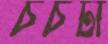
চর্চটা